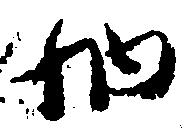
納